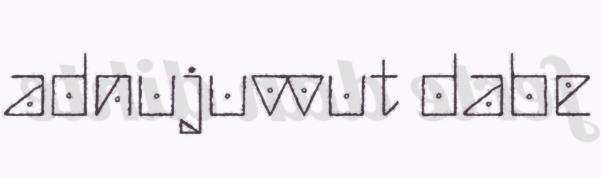
adnujuvvut dabe